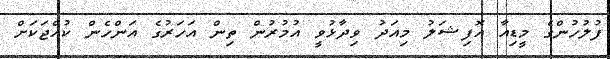
ފުލުހުންގެ މީޑިއާ އޮފިޝަލު މިއަދު ވިދާޅުވީ އުމުރުން ތިން އަހަރުގެ އަންހެން ކުއްޖަކަށް